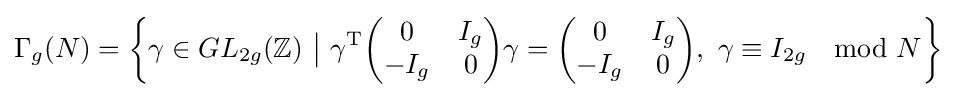
\Gamma _{g}(N)=\left\{\gamma \in GL_{2g}(\mathbb {Z} )\ {\big |}\ \gamma ^{\mathrm {T} }{\begin{pmatrix}0&I_{g}\\-I_{g}&0\end{pmatrix}}\gamma ={\begin{pmatrix}0&I_{g}\\-I_{g}&0\end{pmatrix}},\ \gamma \equiv I_{2g}\mod N\right\}